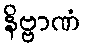
နိဗ္ဗာဏံ